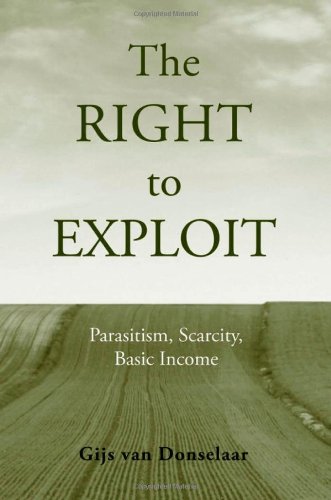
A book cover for The Right to Exploit: Parasitism, Scarcity, and Basic Income; Gijs Van Donselaar; Business & Money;